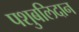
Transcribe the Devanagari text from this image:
पशुबलिदान